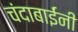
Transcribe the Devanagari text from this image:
चंदाबाईंनी